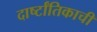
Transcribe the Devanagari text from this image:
दार्ष्टांतिकाची